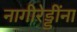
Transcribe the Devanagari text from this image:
नागीरेड्डींना